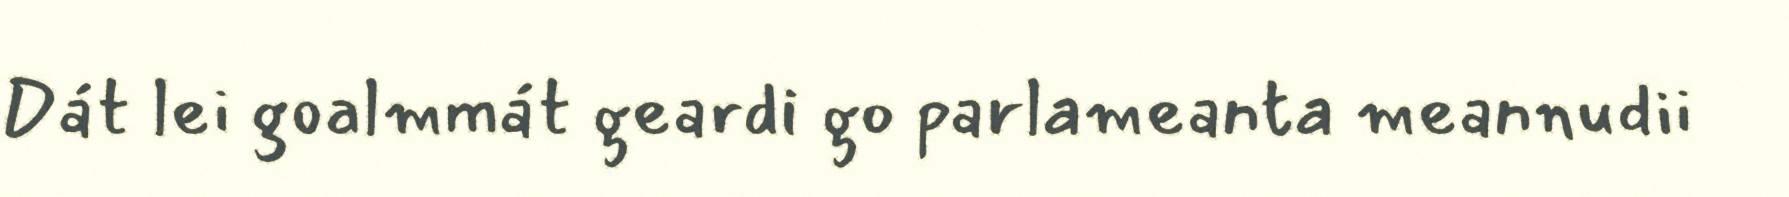
Dát lei goalmmát geardi go parlameanta meannudii